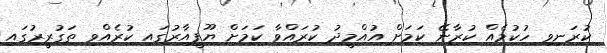
ކުރަނިވި ހުކުމެއް ކުރާނޭ ކަމަށް އުއްމީދު ކުރައްވާ ކަމަށް ޔޫޕީއާރުގައި ކުރެއްވި ތަގުރީރުގައި